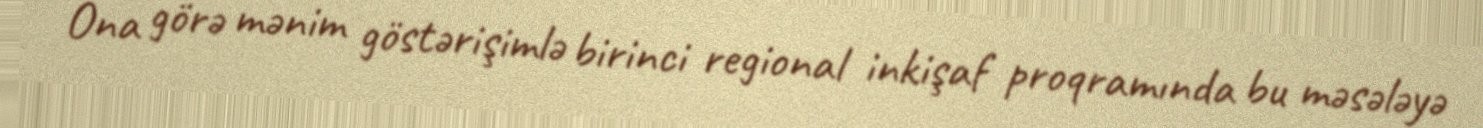
Ona görə mənim göstərişimlə birinci regional inkişaf proqramında bu məsələyə